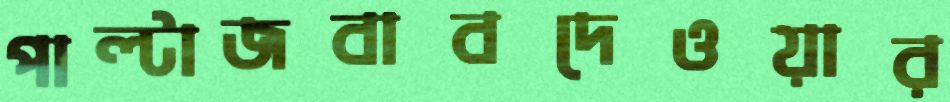
পাল্টাজবাবদেওয়ার